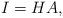
LaTeX: \begin{align*}I=HA,\end{align*}